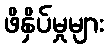
ဖိနှိပ်မှုများ